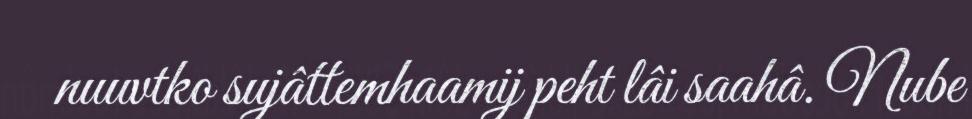
nuuvtko sujâttemhaamij peht lâi saahâ. Nube